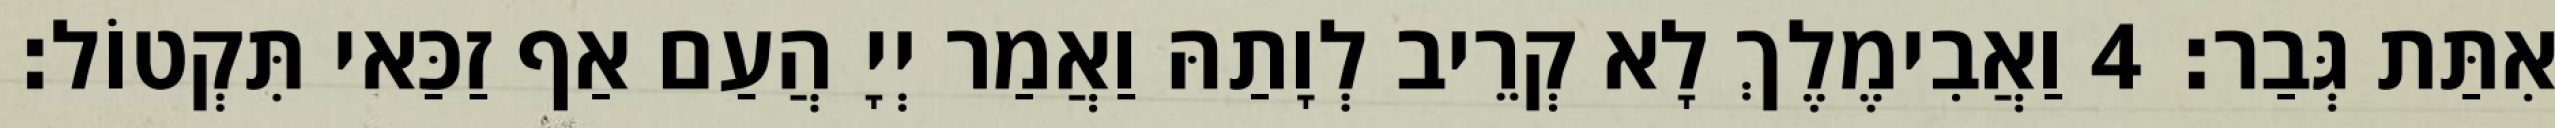
אִתַּת גְּבַר׃ 4 וַאֲבִימֶלֶךְ לָא קְרֵיב לְוָתַהּ וַאֲמַר יְיָ הֲעַם אַף זַכַּאי תִּקְטוֹל׃